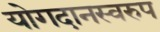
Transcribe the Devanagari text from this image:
योगदानस्वरुप